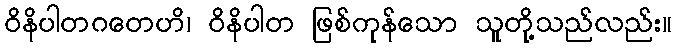
ဝိနိပါတဂတေဟိ၊ ဝိနိပါတ ဖြစ်ကုန်သော သူတို့သည်လည်း။